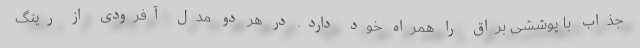
جذاب با پوششی براق را همراه خود دارد. در هر دو مدل آفرودی از رینگ